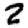
Digit: 2